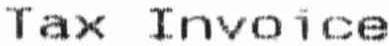
TAX INVOICE